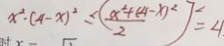
x ^ { 2 } - ( 4 - x ) ^ { 2 } \leq ( \frac { x ^ { 4 } + ( 4 - x ) ^ { 2 } } { 2 } ) ^ { 2 } = 4